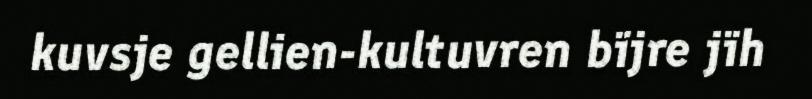
kuvsje gellien-kultuvren bïjre jïh